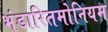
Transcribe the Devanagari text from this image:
भंडारितमोनियम